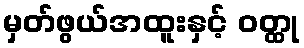
မှတ်ဖွယ်အထူးနှင့် ဝတ္ထု